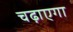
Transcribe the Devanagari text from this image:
चढ़ाएगा